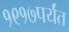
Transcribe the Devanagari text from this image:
१९१७पर्यंत